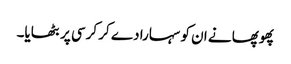
پھوپھا نے ان کو سہارا دے کر کرسی پر بٹھایا۔